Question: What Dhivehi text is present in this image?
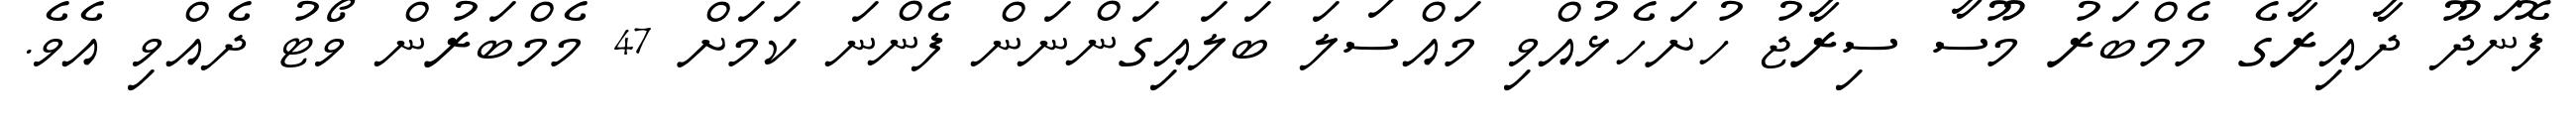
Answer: ފޮނަދޫ ދާއިރާގެ މެމްބަރު މޫސާ ސިރާޖު ހުށަހެޅުއްވި މައްސަލަ ބަލައިގަންނަން ފެންނަ ކަމަށް 47 މެމްބަރުން ވޯޓު ދެއްވި އެވެ.